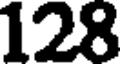
128